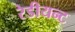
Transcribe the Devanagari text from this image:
रेडीयन्ट